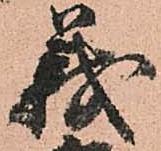
義